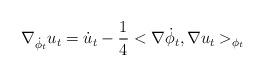
LaTeX: \begin{align*}\nabla_{\dot{\phi}_t} u_t=\dot{u}_t-\frac{1}{4}<\nabla \dot{\phi}_t,\nabla u_t>_{{\phi_t}}\end{align*}